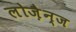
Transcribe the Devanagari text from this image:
लोज़ैन्ज